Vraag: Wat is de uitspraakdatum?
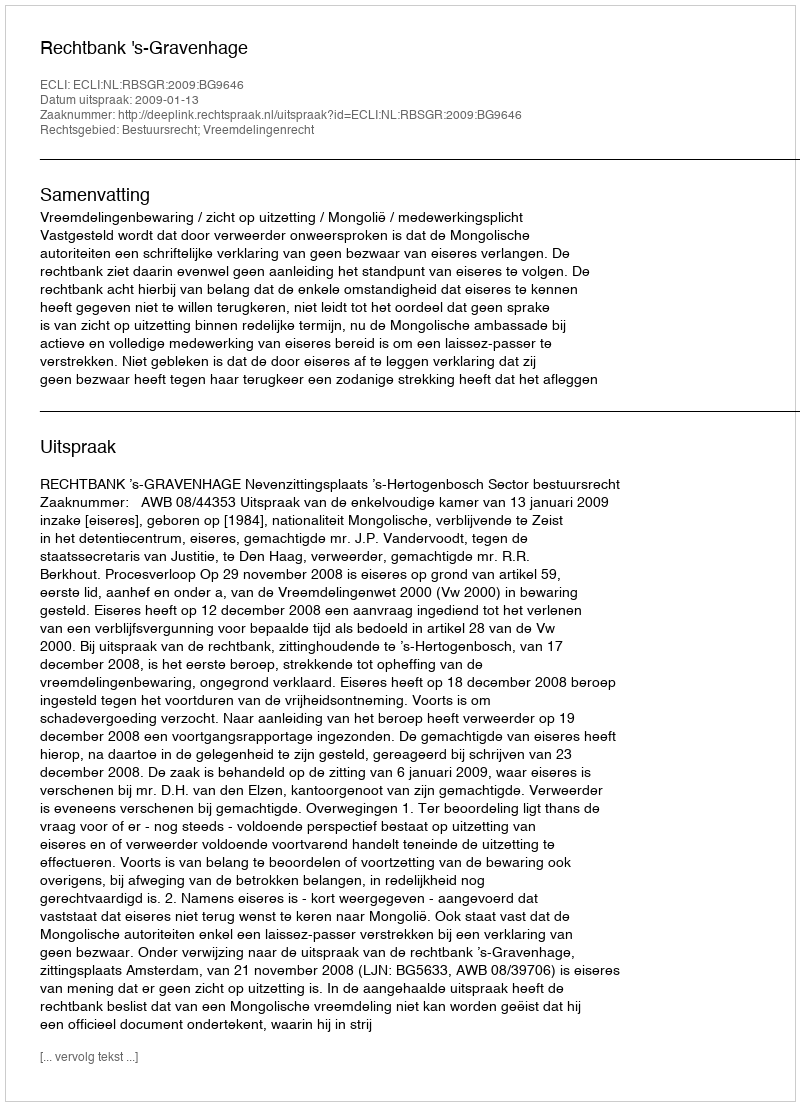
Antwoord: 2009-01-13